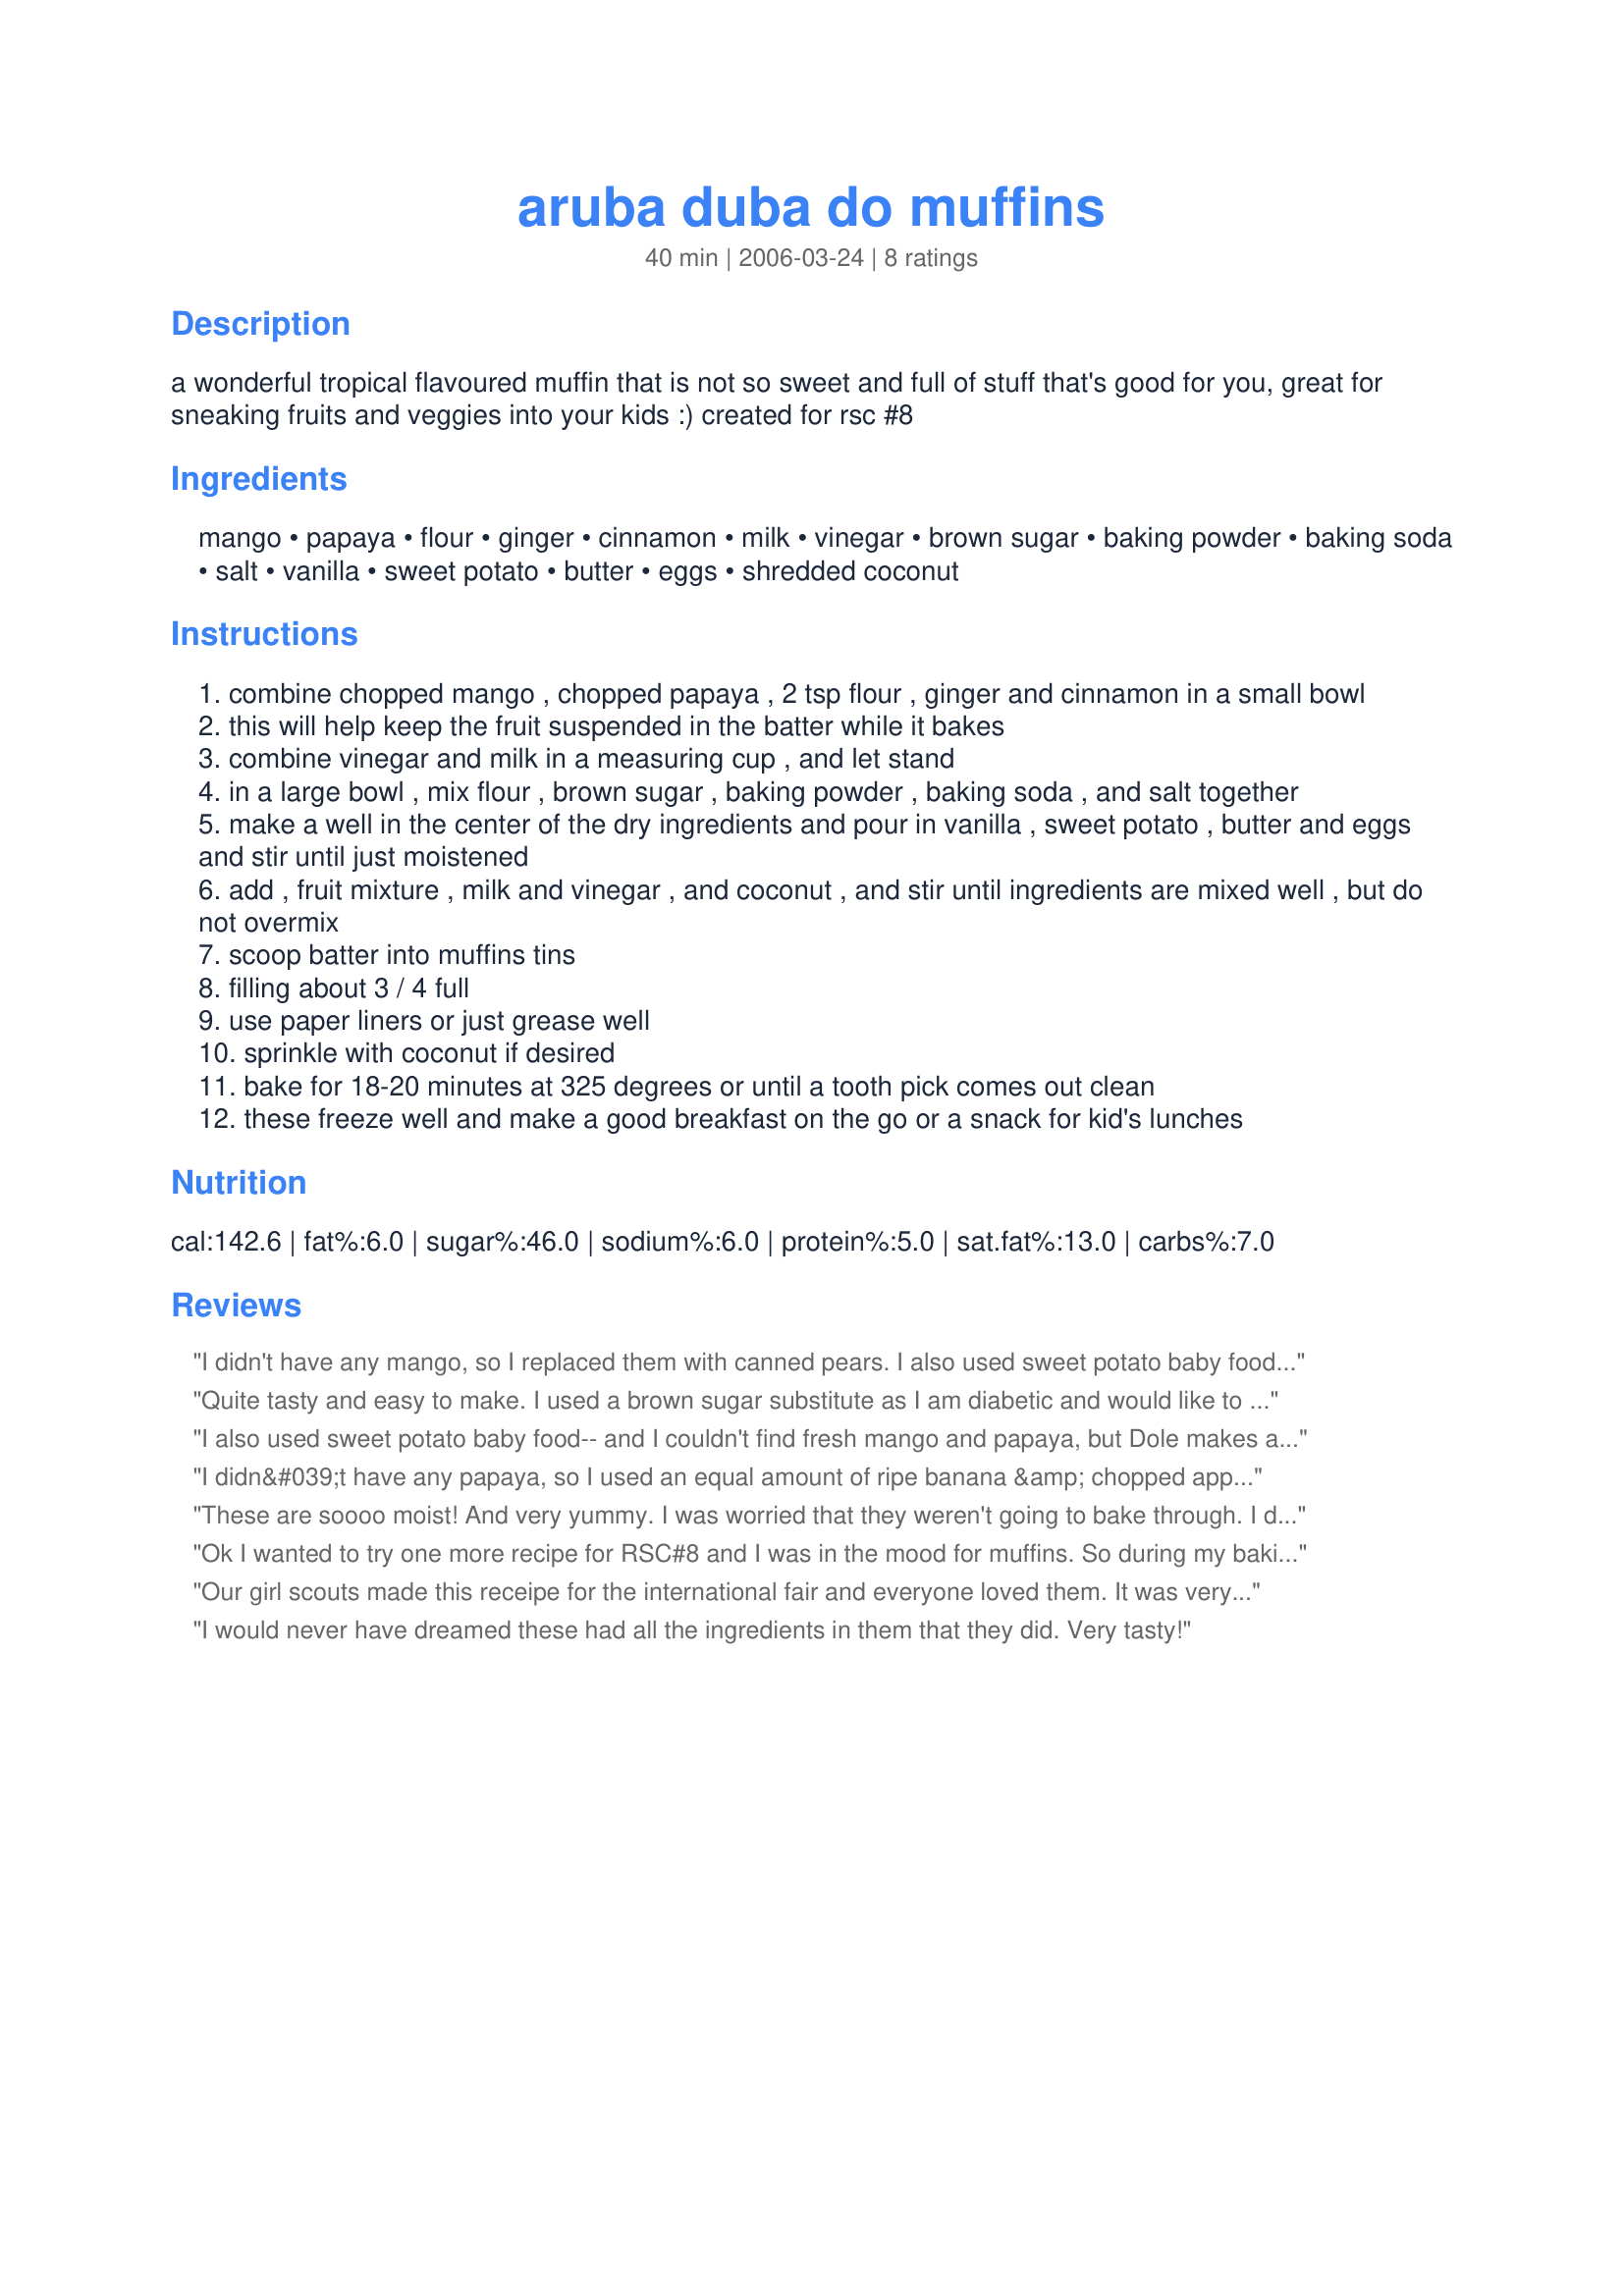
aruba duba do muffins
Preparation time: 40 minutes

a wonderful tropical flavoured muffin that is not so sweet and full of stuff that's good for you, great for sneaking fruits and veggies into your kids :) created for rsc #8

Ingredients:
mango, papaya, flour, ginger, cinnamon, milk, vinegar, brown sugar, baking powder, baking soda, salt, vanilla, sweet potato, butter, eggs, shredded coconut

Steps:
combine chopped mango , chopped papaya , 2 tsp flour , ginger and cinnamon in a small bowl
this will help keep the fruit suspended in the batter while it bakes
combine vinegar and milk in a measuring cup , and let stand
in a large bowl , mix flour , brown sugar , baking powder , baking soda , and salt together
make a well in the center of the dry ingredients and pour in vanilla , sweet potato , butter and eggs and stir until just moistened
add , fruit mixture , milk and vinegar , and coconut , and stir until ingredients are mixed well , but do not overmix
scoop batter into muffins tins
filling about 3 / 4 full
use paper liners or just grease well
sprinkle with coconut if desired
bake for 18-20 minutes at 325 degrees or until a tooth pick comes out clean
these freeze well and make a good breakfast on the go or a snack for kid's lunches

Reviews:
I didn't have any mango, so I replaced them with canned pears. I also used sweet potato baby food, so there was very little preparation! Although I used unsweetened coconut, I still found the recipe overly sweet, so I will reduce the brown sugar to 1/2 cup next time. After baking for 30 minutes, it was still a tad undercooked... but my muffins were probably a little big because I only got 12. Very versatile, tasty, and moist muffin! Thanks :)
Quite tasty and easy to make. I used a brown sugar substitute as I am diabetic and would like to substitute applesauce for the butter the next time to lower the fat content. My three year old grandson asked for seconds!!
I also used sweet potato baby food-- and I couldn't find fresh mango and papaya, but Dole makes a tropical fruit blend in a jar that was a good substitute. The ginger was a little strong-- I'll probaby use just 1/2 tsp next time. I didn't find it to be too sweet with the 3/4 cup sugar. I did have to bake longer, making 18 muffins. After 25 min at 325 they turned out nice and moist. I wonder if using the baby food adds a little more liquid, thus requiring a longer cook time? Anyway, thanks for a tasty muffin!
I didn&#039;t have any papaya, so I used an equal amount of ripe banana &amp; chopped apple in its place, otherwise followed the recipe. These were nice &amp; moist, rose up &amp; golden in about 24 minutes. Made 14 full muffins. Thanks for sharing, next time I hope to be able to have the papaya!
These are soooo moist! And very yummy. I was worried that they weren't going to bake through. I did bake for 30 minutes. This recipe made 15 muffins! I Loved them!
Ok I wanted to try one more recipe for RSC#8 and I was in the mood for muffins. So during my baking spree I tried these. I love anything with mango, never really tried too many recipes with papayas though. These were so moist and flavorful, just an incredible muffin and easy to work with. I has some sweet potatoe frozen on hand to use up also. I think this will be a very popular muffin recipe here on zaar. I loved em !!
Our girl scouts made this receipe for the international fair and everyone loved them.
It was very easy to make.
I would never have dreamed these had all the ingredients in them that they did. Very tasty!
